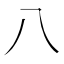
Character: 八